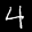
Label: 4